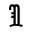
\Im